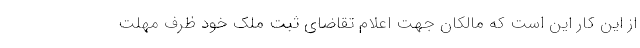
از این کار این است که مالکان جهت اعلام تقاضای ثبت ملک خود ظرف مهلت